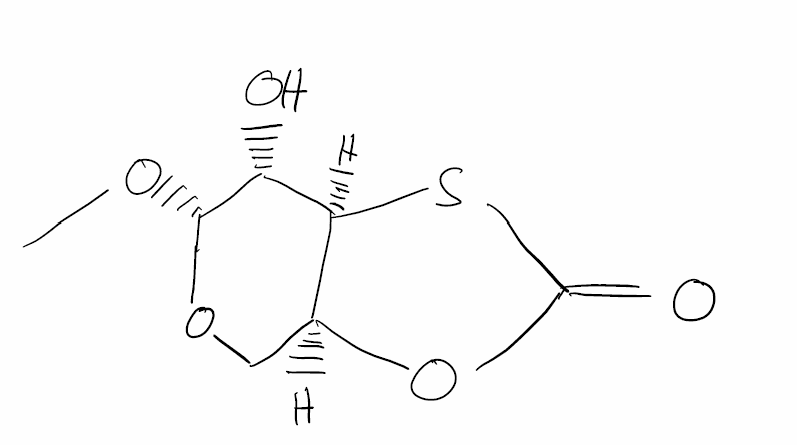
Simplified molecular-input line-entry system (SMILES) notation of the given molecule:
CO[C@@H]1[C@@H]([C@@H]2[C@H](CO1)OC(=O)S2)O